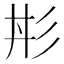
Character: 㣋